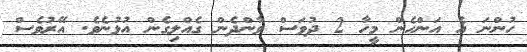
ހުންނަ އެ އަންހެން މީހާ 2 ދުވަސް ވާންދެން ގެއްލިގެން އުޅުނެވެ. އޭރުވެސް